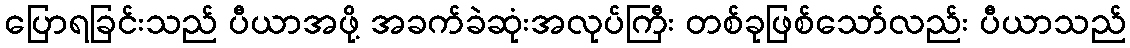
ပြောရခြင်းသည် ပီယာအဖို့ အခက်ခဲဆုံးအလုပ်ကြီး တစ်ခုဖြစ်သော်လည်း ပီယာသည်